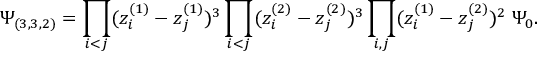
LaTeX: \Psi _ { ( 3 , 3 , 2 ) } = \prod _ { i < j } ( z _ { i } ^ { ( 1 ) } - z _ { j } ^ { ( 1 ) } ) ^ { 3 } \prod _ { i < j } ( z _ { i } ^ { ( 2 ) } - z _ { j } ^ { ( 2 ) } ) ^ { 3 } \prod _ { i , j } ( z _ { i } ^ { ( 1 ) } - z _ { j } ^ { ( 2 ) } ) ^ { 2 } \; \Psi _ { 0 } .